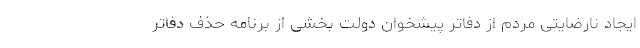
ایجاد نارضایتی مردم از دفاتر پیشخوان دولت بخشی از برنامه حذف دفاتر